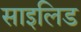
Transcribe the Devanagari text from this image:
साइलिड